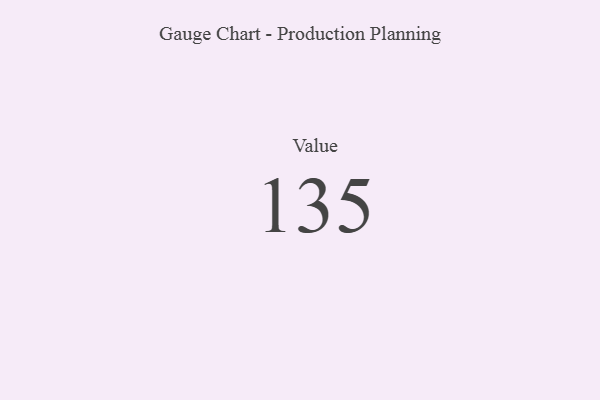
{"axis": {"x": "Metric", "y": "Value"}, "legend": [""], "data": [{"x": "Value", "y": 135, "type": ""}]}